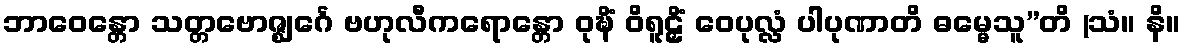
ဘာဝေန္တော သတ္တဗောဇ္ဈင်္ဂေ ဗဟုလီကရောန္တော ဝုဍ္ဎိံ ဝိရူဠှိံ ဝေပုလ္လံ ပါပုဏာတိ ဓမ္မေသူ”တိ (သံ။ နိ။